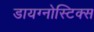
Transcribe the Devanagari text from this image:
डायग्‍नोस्टिक्‍स